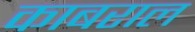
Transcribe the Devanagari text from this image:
काबराल